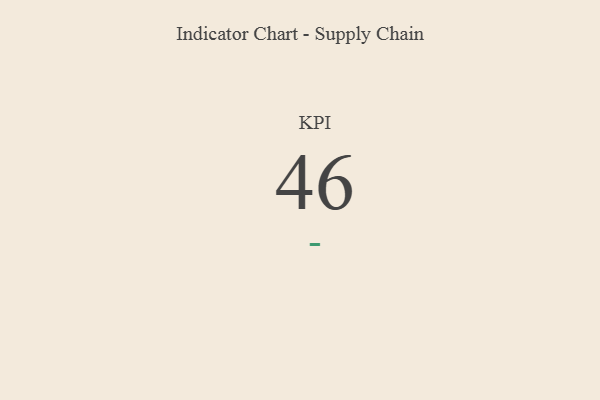
{"axis": {"x": "KPI", "y": "Value"}, "legend": [""], "data": [{"x": "KPI", "y": 46, "type": ""}]}